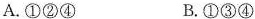
A.①②④ B.①③④